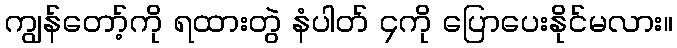
ကျွန်တော့်ကို ရထားတွဲ နံပါတ် ၄ကို ပြောပေးနိုင်မလား။